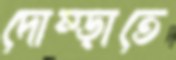
দোম্‌ড়াতে